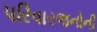
પરિવારજનોની